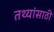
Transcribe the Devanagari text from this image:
तथ्यांसाठी